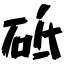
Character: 砥